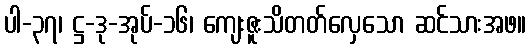
ပါ-၃၇၊ ဋ္ဌ-ဒု-အုပ်-၁၆၊ ကျေးဇူးသိတတ်လှေသော ဆင်သားအဖ။